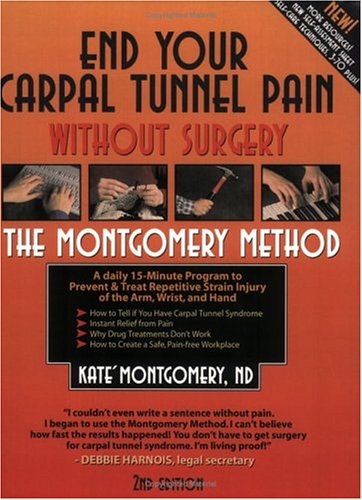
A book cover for End Your Carpal Tunnel Pain without Surgery, Second Edition; Kate Montgomery; Health, Fitness & Dieting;